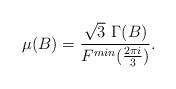
LaTeX: \begin{align*}\mu(B) = \frac{\sqrt{3}\,\, \Gamma(B) }{F^{min}(\frac{2 \pi i}{3})} .\end{align*}